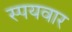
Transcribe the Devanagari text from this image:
स्पयवार